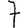
Digit: 7